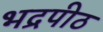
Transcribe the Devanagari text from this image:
भद्रपीठ